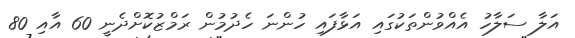
އަލާ ސަލާހު އެއްވުންތަކުގައި އަޅާފައި ހުންނަ ހެދުމުން ރަމްޒުކޮށްދެނީ 60 އާއި 80